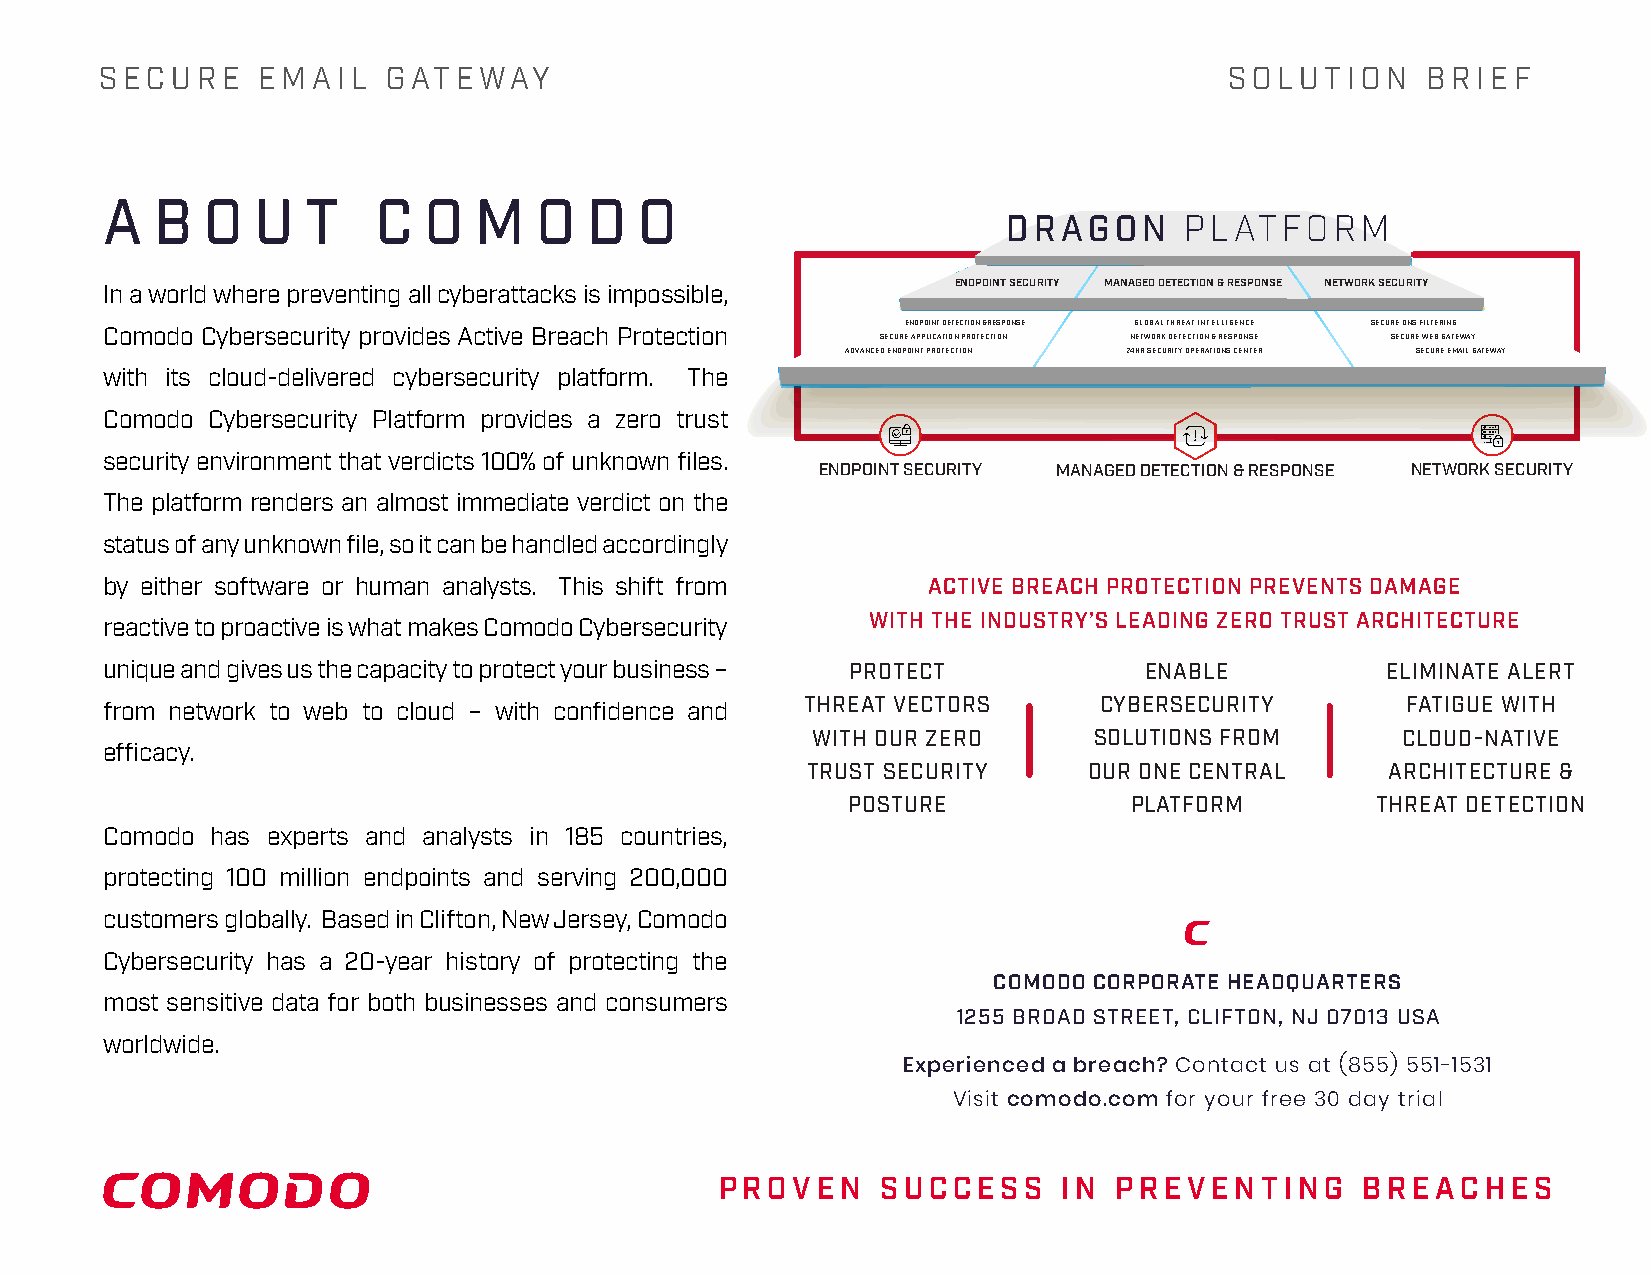
SECURE    EMAIL    GATEWAY                                                SOLUTION     BRIEF
 A  B  O   U  T    C  O  M   O   D  O
 DRAGON     PLATFORM
 ENDPOINT SECURITY MANAGED DETECTION & RESPONSE NETWORK SECURITY
 In a world where preventing all cyberattacks is impossible,
 ENDPOINT DETECTION & RESPONSE GLOBAL THREAT INTELLIGENCE SECURE DNS FILTERING
 Comodo Cybersecurity provides Active Breach Protection
 SECURE APPLICATION PROTECTION NETWORK DETECTION & RESPONSE SECURE WEB GATEWAY
 ADVANCED ENDPOINT PROTECTION 24HR SECURITY OPERATIONS CENTER SECURE EMAIL GATEWAY
 with its cloud-delivered cybersecurity platform. The
 Comodo Cybersecurity Platform provides a zero trust
 security environment that verdicts 100% of unknown files.
 ENDPOINT SECURITY MANAGED DETECTION & RESPONSE NETWORK SECURITY
 The platform renders an almost immediate verdict on the
 status of any unknown file, so it can be handled accordingly
 by either software or human analysts. This shift from ACTIVE BREACH PROTECTION PREVENTS DAMAGE
 WITH THE INDUSTRY’S LEADING ZERO TRUST ARCHITECTURE
 reactive to proactive is what makes Comodo Cybersecurity
 unique and gives us the capacity to protect your business – PROTECT  ENABLE          ELIMINATE ALERT
 from network to web to cloud – with confidence and THREAT VECTORS CYBERSECURITY       FATIGUE WITH
 WITH OUR ZERO     SOLUTIONS FROM       CLOUD-NATIVE
 efficacy.
 TRUST SECURITY     OUR ONE CENTRAL     ARCHITECTURE &
 POSTURE            PLATFORM        THREAT DETECTION
 Comodo has experts and analysts in 185 countries,
 protecting 100 million endpoints and serving 200,000
 customers globally. Based in Clifton, New Jersey, Comodo
 Cybersecurity has a 20-year history of protecting the
 COMODO CORPORATE HEADQUARTERS
 most sensitive data for both businesses and consumers
 1255 BROAD STREET, CLIFTON, NJ 07013 USA
 worldwide.
 Experienced a breach? Contact us at (855) 551-1531
 Visit comodo.com for your free 30 day trial
 PROVEN    SUCCESS     IN  PREVENTING      BREACHES